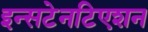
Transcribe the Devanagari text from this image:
इन्सटेनटिएशन